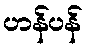
ဟန်ပန်